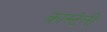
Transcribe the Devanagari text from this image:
कास्टेली